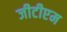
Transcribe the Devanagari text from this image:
जीटीएम